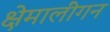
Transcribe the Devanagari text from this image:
क्षेमालींगन